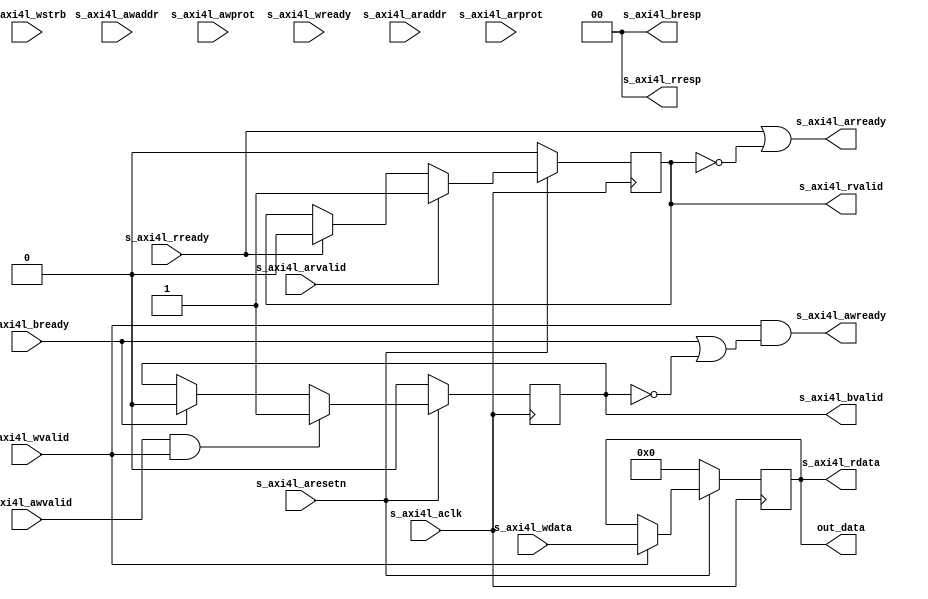
module gpo_axi4l
		#(
			parameter	WIDTH      = 32,
			parameter	INIT_VALUE = 0
		)
		(
			input	wire					s_axi4l_aresetn,
			input	wire					s_axi4l_aclk,
			input	wire	[31:0]			s_axi4l_awaddr,
			input	wire	[2:0]			s_axi4l_awprot,
			input	wire					s_axi4l_awvalid,
			output	wire					s_axi4l_awready,
			input	wire	[3:0]			s_axi4l_wstrb,
			input	wire	[31:0]			s_axi4l_wdata,
			input	wire					s_axi4l_wvalid,
			input	wire					s_axi4l_wready,
			output	wire	[1:0]			s_axi4l_bresp,
			output	wire					s_axi4l_bvalid,
			input	wire					s_axi4l_bready,
			input	wire	[31:0]			s_axi4l_araddr,
			input	wire	[2:0]			s_axi4l_arprot,
			input	wire					s_axi4l_arvalid,
			output	wire					s_axi4l_arready,
			output	wire	[31:0]			s_axi4l_rdata,
			output	wire	[1:0]			s_axi4l_rresp,
			output	wire					s_axi4l_rvalid,
			input	wire					s_axi4l_rready,

			output	wire	[WIDTH-1:0]		out_data
		);

	reg		[WIDTH-1:0]		reg_data;

	reg						reg_bvalid;
	reg						reg_rvalid;

	always @(posedge s_axi4l_aclk) begin
		if ( !s_axi4l_aresetn ) begin
			reg_data   <= INIT_VALUE;

			reg_bvalid <= 1'b0;
			reg_rvalid <= 1'b0;;
		end
		else begin
			// write
			if ( s_axi4l_wvalid ) begin
				reg_data <= s_axi4l_wdata[WIDTH-1:0];
			end

			if ( s_axi4l_bready ) begin
				reg_bvalid <= 1'b0;
			end
			if ( s_axi4l_awvalid && s_axi4l_wvalid ) begin
				reg_bvalid <= 1'b1;
			end

			// read
			if ( s_axi4l_rready ) begin
				reg_rvalid <= 1'b0;
			end
			if ( s_axi4l_arvalid ) begin
				reg_rvalid <= 1'b1;
			end
		end
	end

	assign s_axi4l_awready = (s_axi4l_wvalid  && (s_axi4l_bready || !s_axi4l_bvalid));
	assign s_axi4l_wready  = (s_axi4l_awvalid && (s_axi4l_bready || !s_axi4l_bvalid));
	assign s_axi4l_bresp   = 0;
	assign s_axi4l_bvalid  = reg_bvalid;

	assign s_axi4l_arready = (s_axi4l_rready || !s_axi4l_rvalid);
	assign s_axi4l_rdata   = reg_data;
	assign s_axi4l_rresp   = 0;
	assign s_axi4l_rvalid  = reg_rvalid;

	assign out_data = reg_data;

endmodule